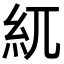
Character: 𥾕